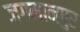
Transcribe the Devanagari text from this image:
जगमानपुर